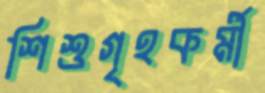
শিশুগৃহকর্মী